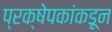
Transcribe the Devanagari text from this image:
प्रक्षेपकांकडून